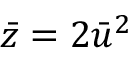
\bar { z } = 2 \bar { u } ^ { 2 }